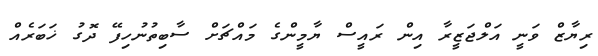
ރިޔާޒް ވަނީ އަލްޖަޒީރާ އިން ރައީސް ޔާމީންގެ މައްޗަށް ސާބިތުނުހިފޭ ދޮގު ޚަބަރެއް